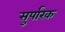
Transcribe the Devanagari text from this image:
सुर्पारक